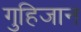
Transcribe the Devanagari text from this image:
गुहिजान